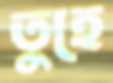
তুহে